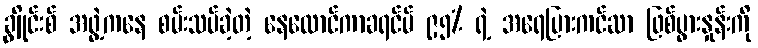
ချွိုင်းစ် အဖွဲ့ကနေ စမ်းသပ်ခဲ့တဲ့ နေလောင်ကာခရင်မ် ၉၅% ရဲ့ အရေပြားကင်ဆာ ဖြစ်ပွားနှုန်းကို